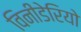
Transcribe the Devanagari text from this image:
विनीडेरियो